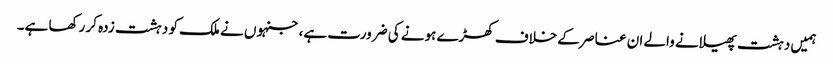
ہمیں دہشت پھیلانے والے ان عناصر کے خلاف کھڑے ہونے کی ضرورت ہے، جنہوں نے ملک کو دہشت زدہ کر رکھا ہے۔